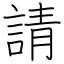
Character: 請